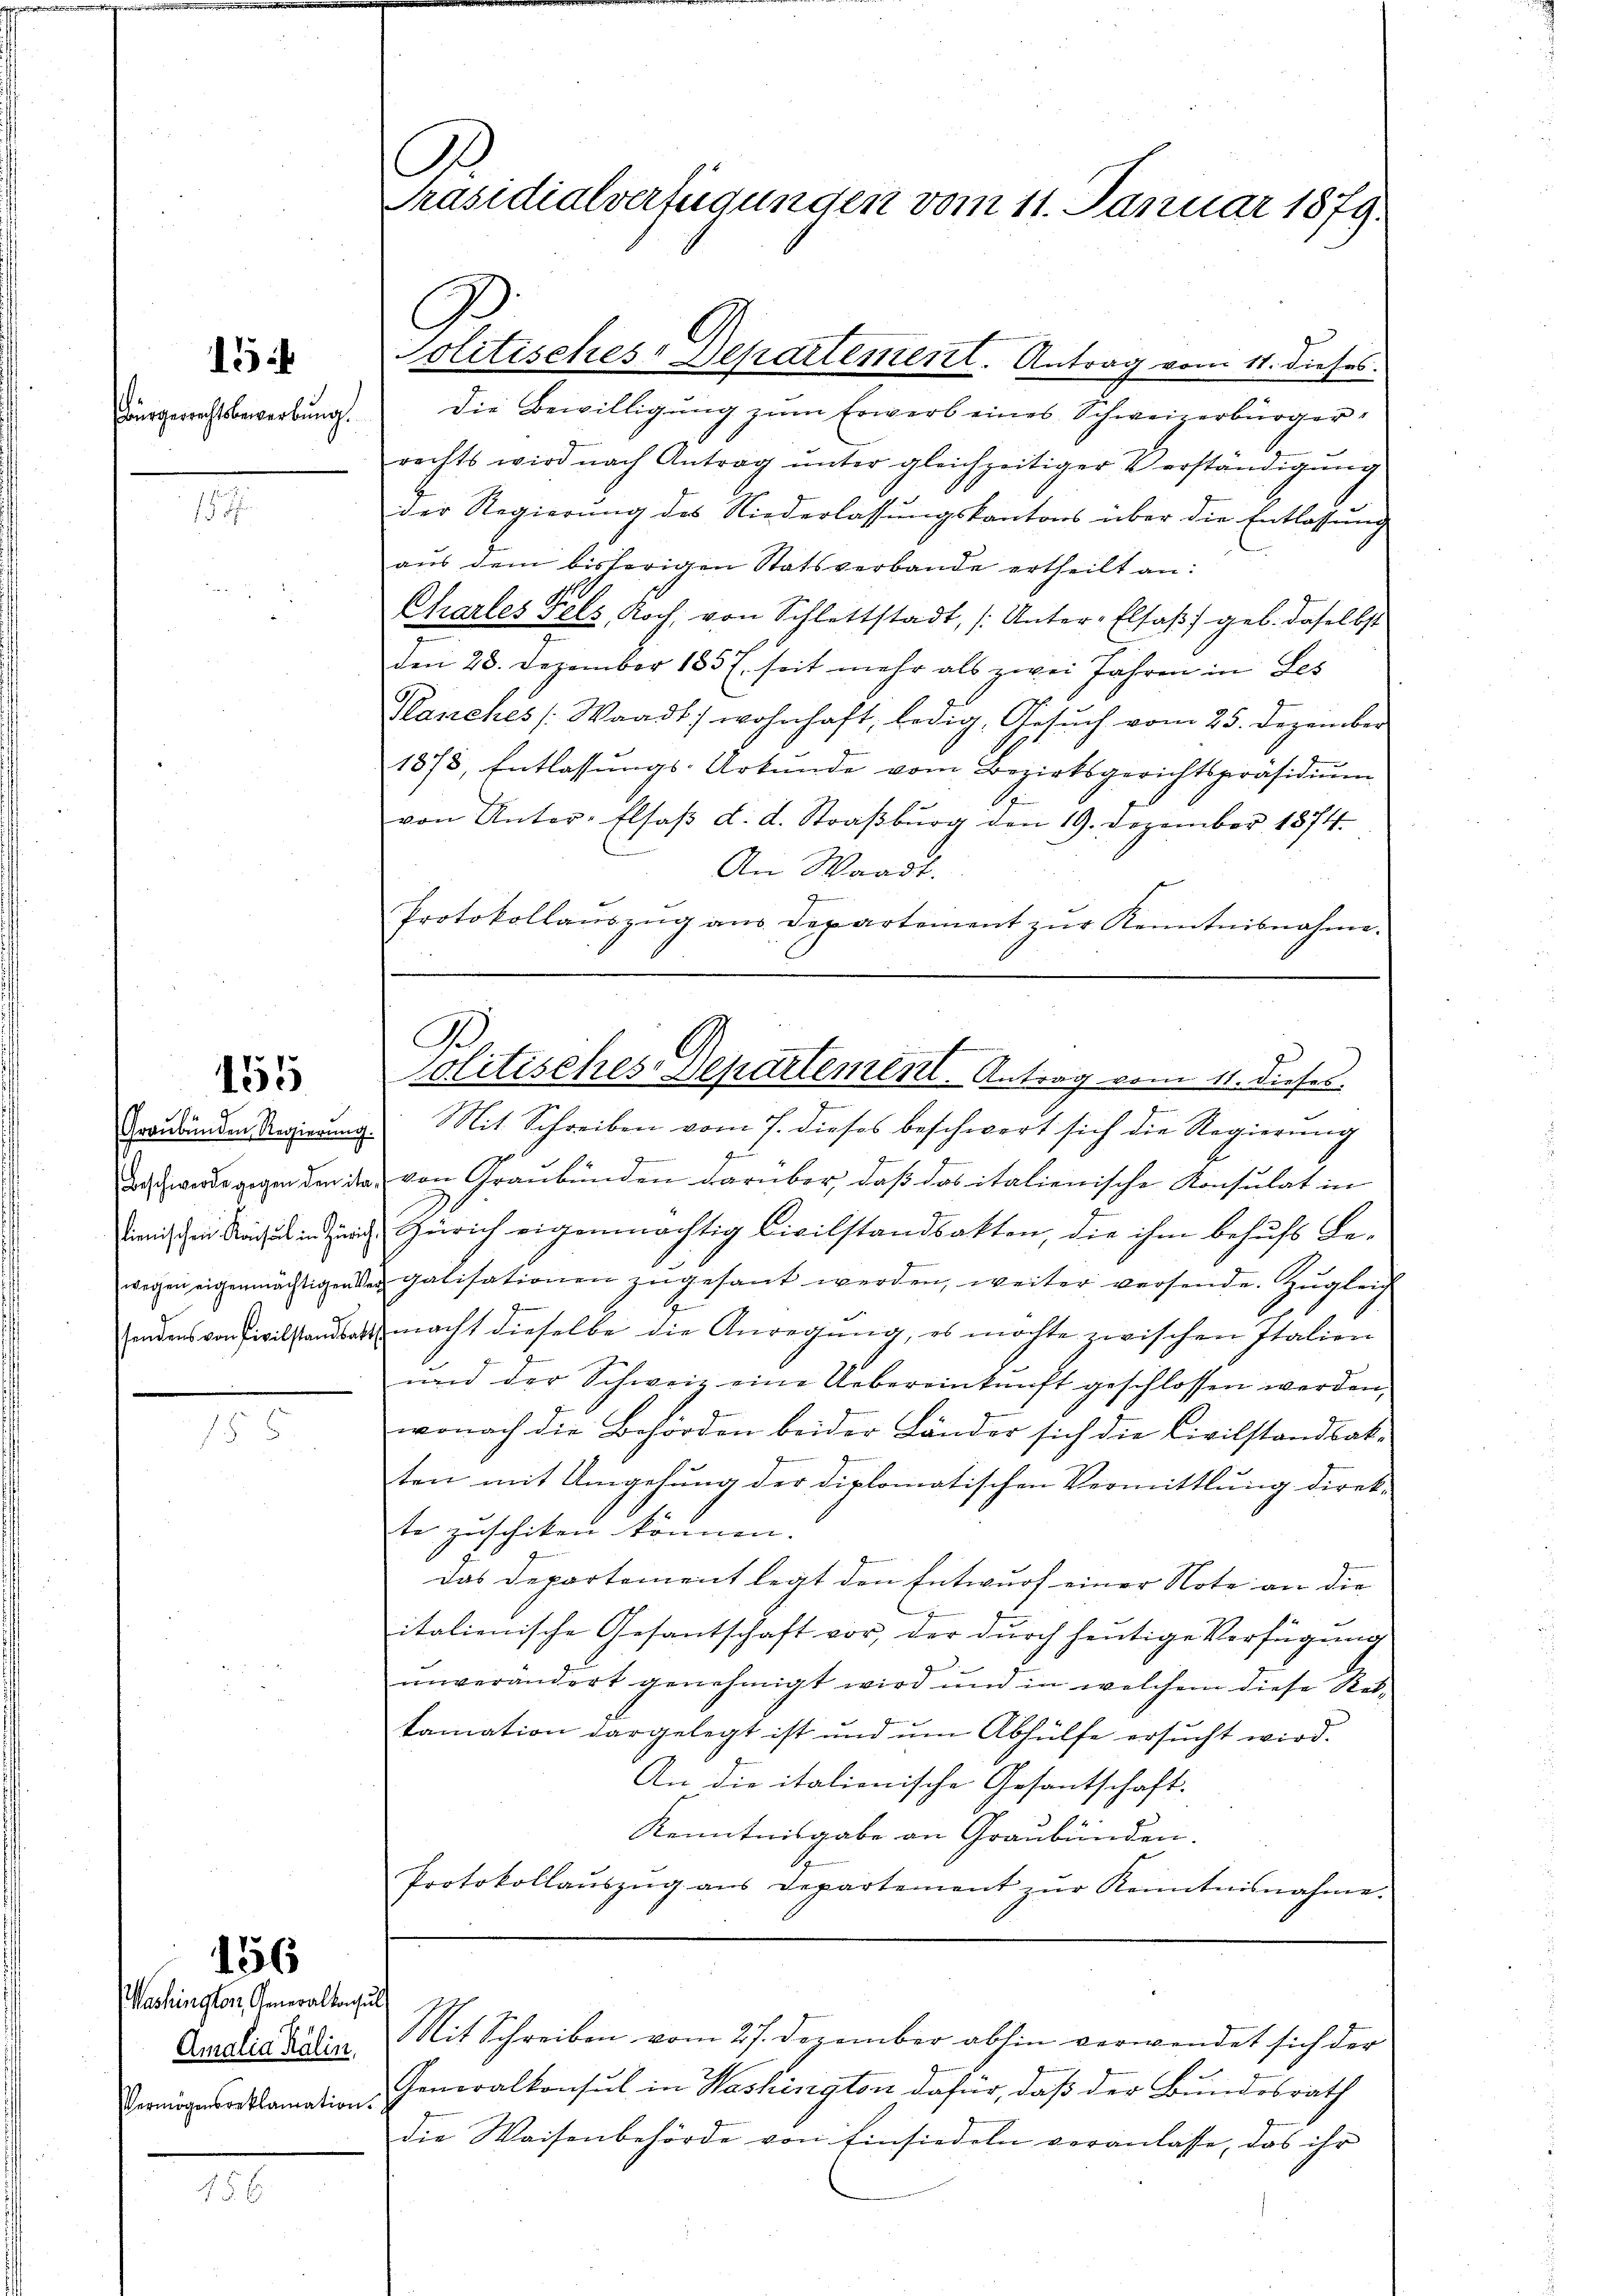
Ausgerichtsbewerbung.

15

M

155

Graubünden Regierung
Beschwerde gegen den ist
lienischen Konsul in Züri
wegen eigenmächtigen
sendens von Civilstandsat

156

Washington, Generalkonsul
Vermögensreklamation.

R.
Präsidialverfügungen vom 11. Januar 1879.

die Bewilligŭng zŭm Erwerb eines Schweizerbürger
rechts wird nach Antrag ŭnter gleichzeitiger Verständigŭng
der Regierung des Niederlassungskantons über die Entlassung
aus dem bisherigen Statsverbande ertheilt an:
Charles Fels, Koch, von Schlettstadt, (Unter-Elsaβ geb. daselbst
den 28. Dezember 1857. seit mehr als zwei Jahren in Fes
Planches Waadt) wohnhaft, ledig, Gesŭch vom 25. Dezember
1878, Entlassungs-Urkunde vom Bezirksgerichtspräsidium
von Unter-Elsaβ d. d. Straßburg den 19. Dezember 1874.
.
An Waadt.
Protokollaŭszŭg aŭs Departement zŭr Kenntnisnahme.
 Mit Schreiben vom 7. dieses beschwort sich die Regierung
4
J
 von Graubünden darüber, daß das italionische Konsulat in
Zürich eigenmächtig Civilstandsatten, die ihm behufs Be-
 galisationen zŭgesant werden, weiter versende. Zŭgleich
2
macht dieselbe die Anregung, es möchte zwischen Italien
und der Schweiz eine Uebereinkunft geschlossen werden,
wonach die Behörden beider Länder sich die Civilstandsak-
ten mit Umgehung der diplomatischen Vermittlung direk-
te zuschiken können.
das Departement legt den Entwurf einer Note an die
italienische Gesantschaft vor, der durch heutige Verfügung
unverändert genehmigt wird und in welchem diese Rektamation dargelegt ist und ŭm Abhülfe ersŭcht wird.
An die italienische Gesantschaft.
Kenntnisgabe an Graubünden. |
Protokollaŭszŭg ans Departement zŭr Kenntnisnahme.

Politisches Departement. Antrag vom 11. dieses.

G.
olitisches Departement. Antrag vom 11. dieses

Amistiardin. Mit Schreiben vom 27. Dezember abhin verwendet sich der
Generalkonsul in Washington dafür, daß der Bundesrath
die Waisenbehörde von Einsiedeln veranlasse, das ihr